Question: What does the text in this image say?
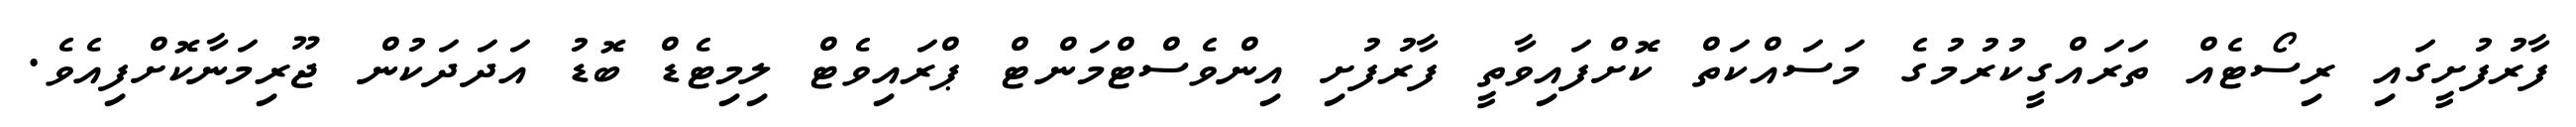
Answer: ފާރުފުށީގައި ރިސޯޓެއް ތަރައްގީކުރުމުގެ މަސައްކަތް ކޮށްފައިވާތީ ފާރުފުށި އިންވެސްޓްމަންޓް ޕްރައިވެޓް ލިމިޓެޑް ބޮޑު އަދަދަކުން ޖޫރިމަނާކޮށްފިއެވެ.